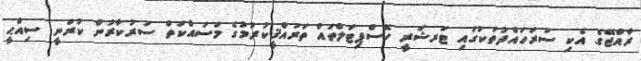
ރާއްޖޭގެ އެކި ސަރަހައްދުތަކުގައި ޓަރޝަރީ ހޮސްޕިޓަލްތައް ތަރައްޤީކުރުމުގެ މަސައްކަތް ސަރުކާރުން ކުރަނީ ސިއްޙީ